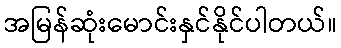
အမြန်ဆုံးမောင်းနှင်နိုင်ပါတယ်။